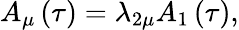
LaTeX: A_{\mu}\left(\tau\right)=\lambda_{2\mu}A_{1}\left(\tau\right),